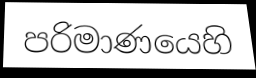
පරිමාණයෙහි